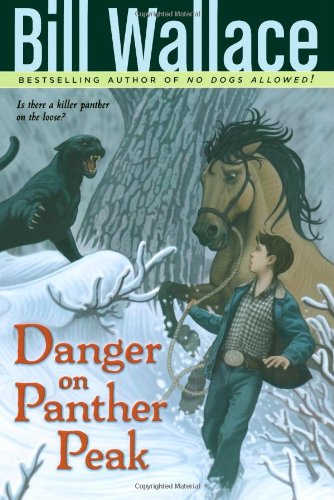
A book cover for Danger on Panther Peak; Bill Wallace; Children's Books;